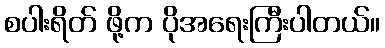
စပါးရိတ် ဖို့က ပိုအရေးကြီးပါတယ်။